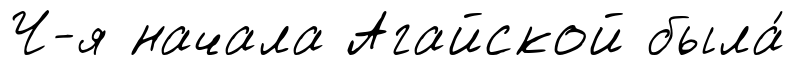
Ч-я начала Агайской была́